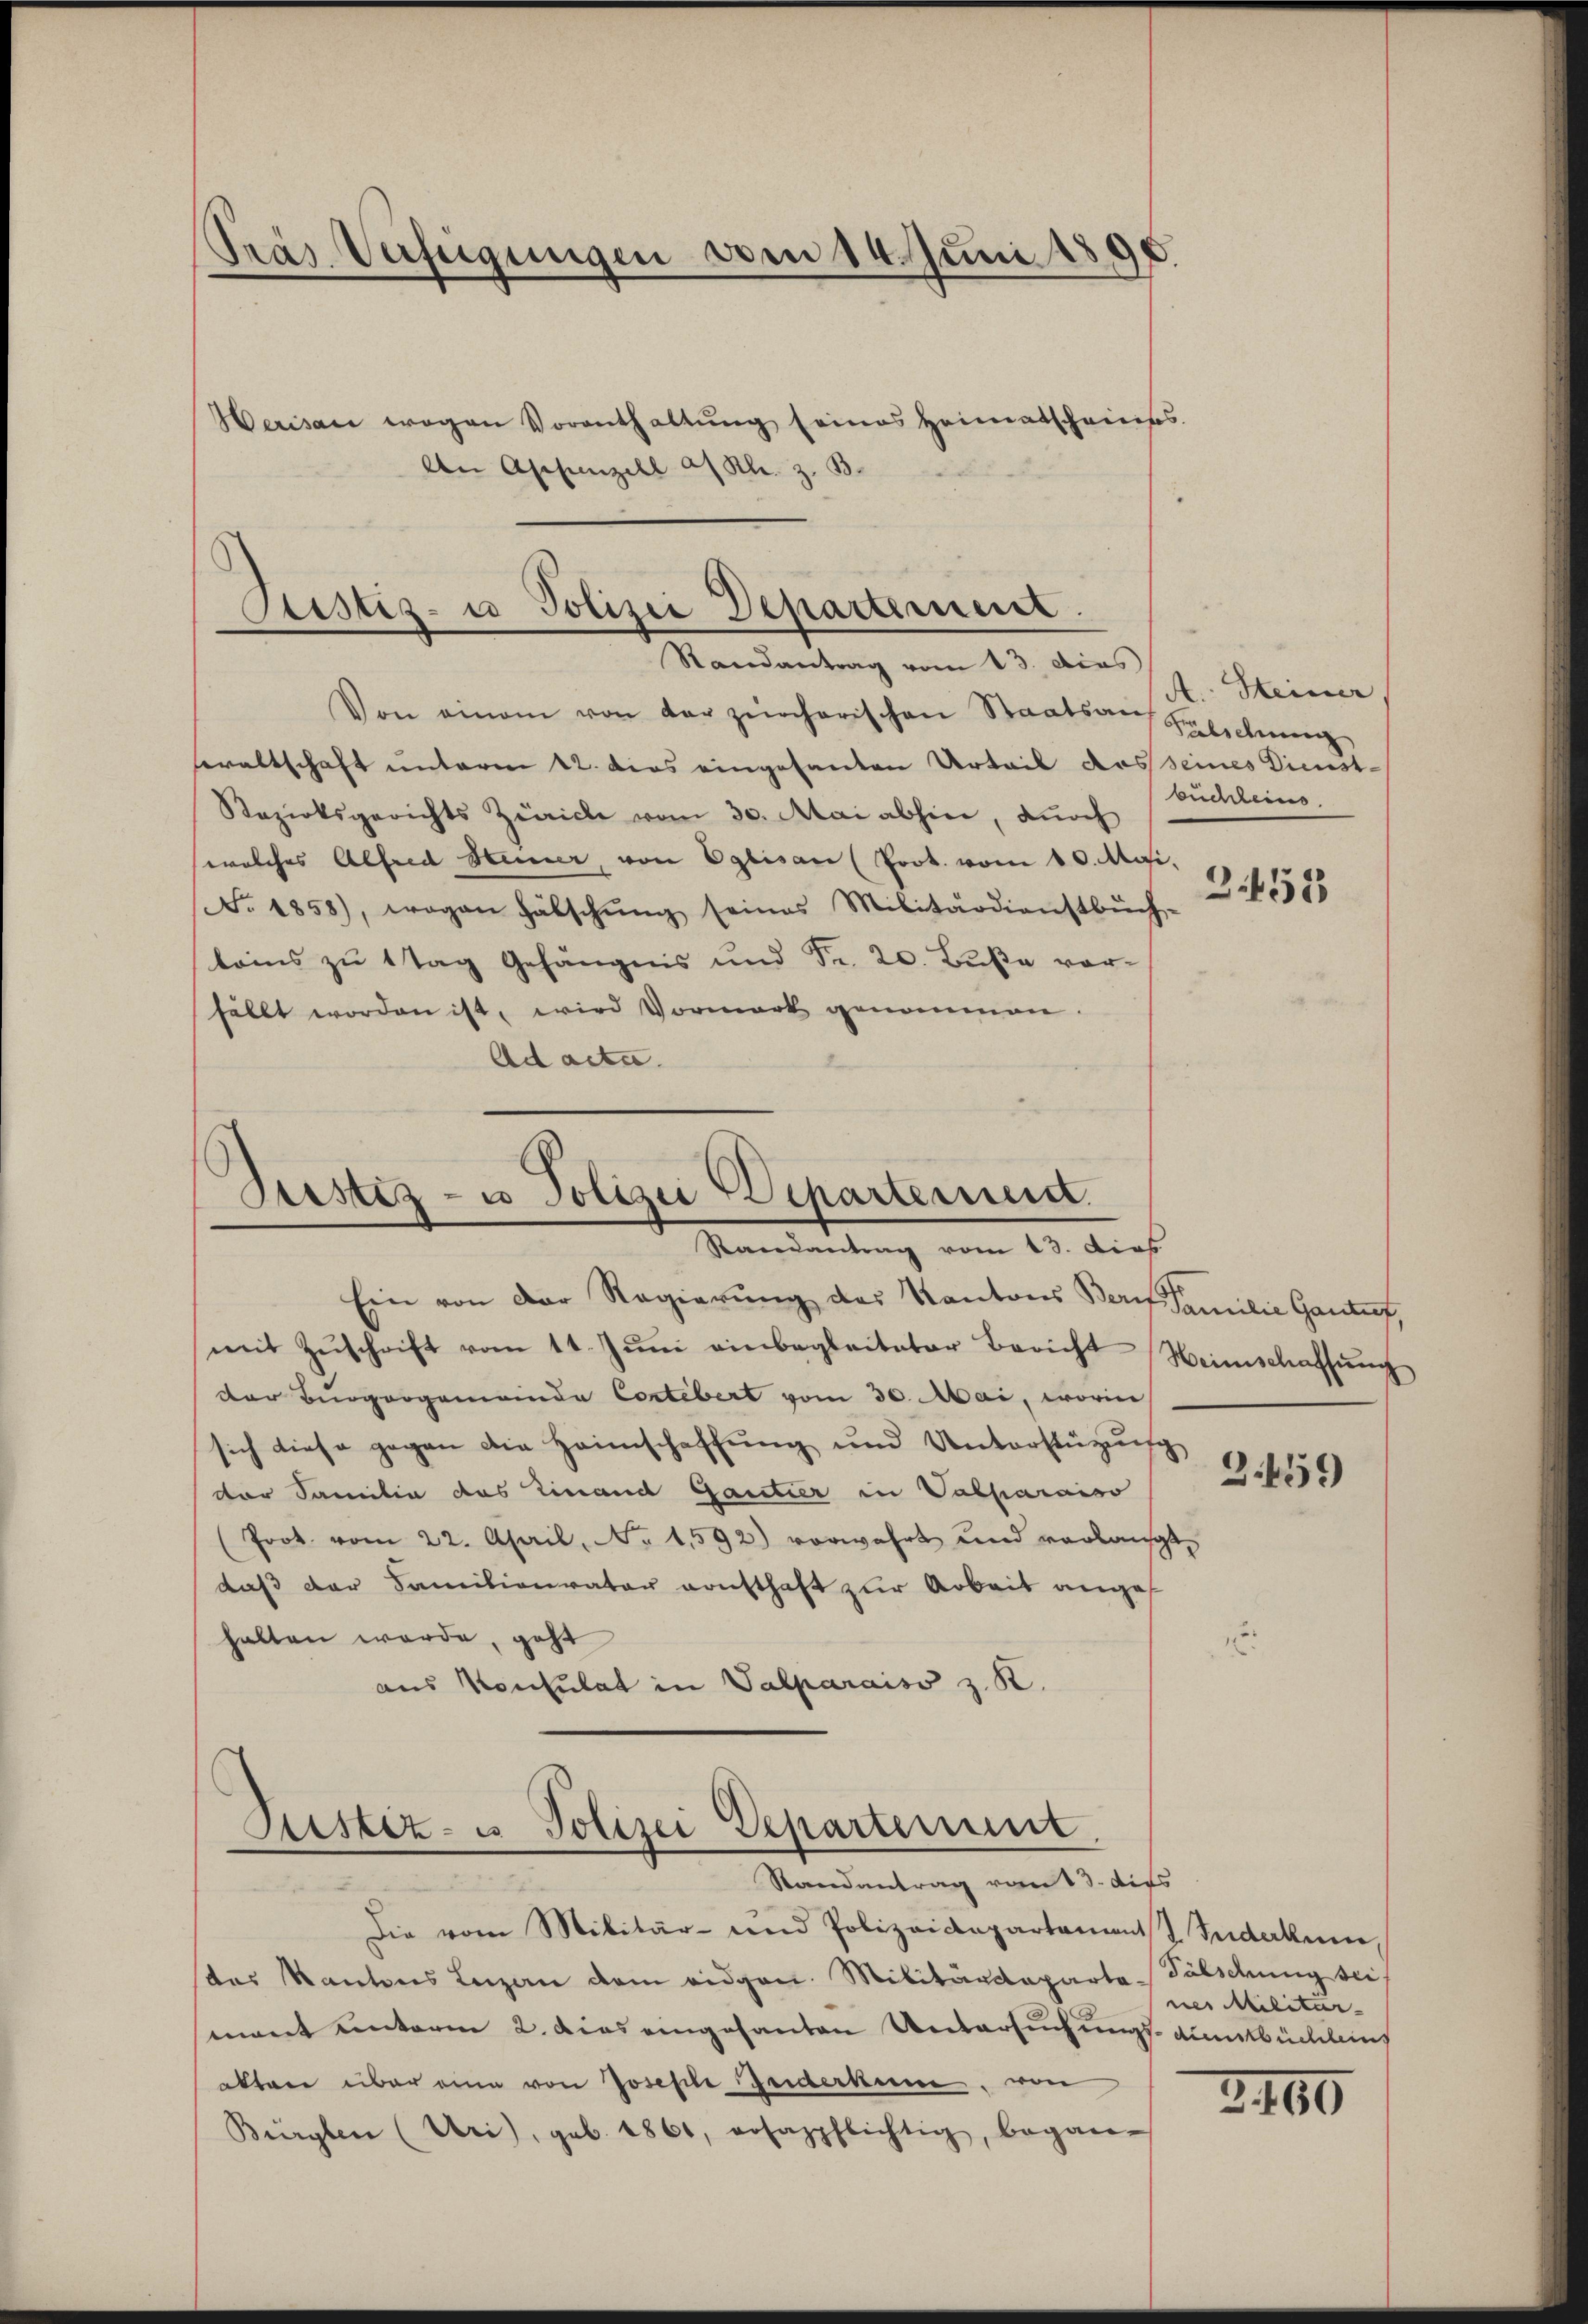
Pras Verfügungen vom 14. Juni 1890.

Sistiz- u Polizei Departement.
Randantrag vom 13. dies

Herisau wegen Vorenthaltŭng seines Heimatscheines
An Appenzell a/ Kl. z. B.

Von einem von der zürcherischen Staatsauf Salichung
ewaltschaft unterm 12. dies eingesanten Urteil des seines Dienst-
Razirksgerichts Zürich vom 30. Mai abhin, durch
welches Alfred Heiner, von Eglisau (Prot. vom 10. Mai,
No. 1858), wogen Fälschŭng seines Militärdienstbŭch-
beins zu tag Gefängnis und Fr. 20. Buße vorfällt worden ist, wird Vormark genommen
Ad acta.

Justiz- u Polizei Departemen
Randantrag vom 13. dies

Justiz- u Polizei Departerunt
Randantrag vom 13. dies

A.. Heiner,
büchleins.
B 458

Ein von der Regierung des Kantons Beruf Familie Gantif,
mit Zŭschrift vom 11. Jŭni einbegleiteter Bericht Weinschaffŭng
der Bürgergemeinde Contibert vom 30. Mai, worin
sich diese gegen die Heimschaffung und Unterstüzung,
der Saniten das Einand Gantier in Sabparaiso
(Poot. vom 22. April, No. 1592) vorwahrt und verlangte
daß der Familienvater vonsthaft zur Arbeit anges
halten werde, geht
aus Konsulat in Valparaiso z. R.

Die vom Militär- und Polizeidepartament Fuderkun
des Kantons Luzern dem eidgen. Militärdeparta Fälschung sei
mant unterm 2. Dies eingesanten Untersuchungs-Autbüchling
aktere über eine von Joseph Beiderkum, von
Bürglen (Uri), geb. 1861, rosazpflichtig, began-

3.459)

nes Militar-

3460